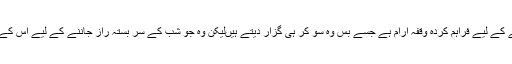
بہتوں کے لیے تو یہ ایک مشقت سے تھک کر دوسری مشقت تک خود کو تیار کرنے کے لیے فراہم کردہ وقفۂ آرام ہے جسے بس وہ سو کر ہی گزار دیتے ہیںلیکن وہ جو شب کے سر بستہ راز جاننے کے لیے اس کے دل میں اترنے کا حوصلہ رکھتے ہیں، بس ان پر ہی رات کے راز آشکار ہوتے ہیں۔